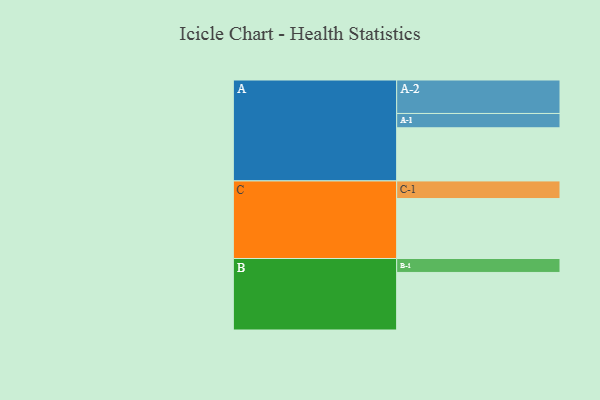
{"axis": {"x": "Segment", "y": "Value"}, "legend": ["", "A", "B", "C"], "data": [{"x": "A", "y": 446, "type": ""}, {"x": "B", "y": 483, "type": ""}, {"x": "C", "y": 503, "type": ""}, {"x": "A-1", "y": 120, "type": "A"}, {"x": "A-2", "y": 281, "type": "A"}, {"x": "B-1", "y": 117, "type": "B"}, {"x": "C-1", "y": 148, "type": "C"}]}